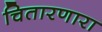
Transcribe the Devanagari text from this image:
चितारणारा